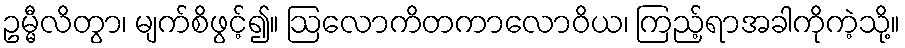
ဥမ္မီလိတွာ၊ မျက်စိဖွင့်၍။ ဩလောကိတကာလောဝိယ၊ ကြည့်ရာအခါကိုကဲ့သို့။